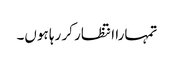
تمہارا انتظار کر رہا ہوں۔